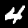
Label: 4